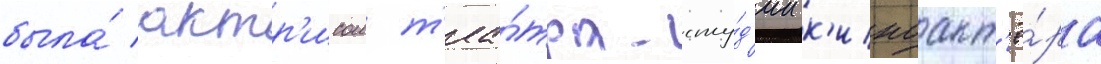
была́ актр'исои т'еа́тра-сту́д'ии к'иноакт'ё́ра